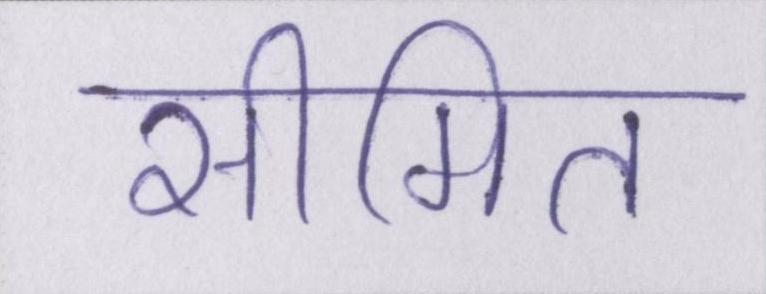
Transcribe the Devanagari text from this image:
सीमित